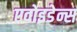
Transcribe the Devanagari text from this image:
एवोइडेन्स